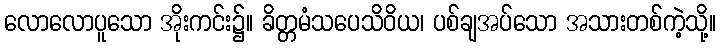
လောလောပူသော အိုးကင်း၌။ ခိတ္တမံသပေသိဝိယ၊ ပစ်ချအပ်သော အသားတစ်ကဲ့သို့။